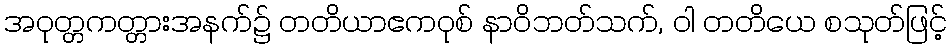
အဝုတ္တကတ္တားအနက်၌ တတိယာဧကဝုစ် နာဝိဘတ်သက်, ဝါ တတိယေ စသုတ်ဖြင့်